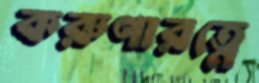
করুণারত্নে